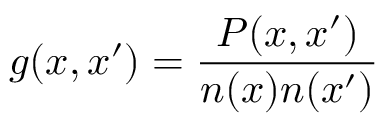
g ( x , x ^ { \prime } ) = \frac { P ( x , x ^ { \prime } ) } { n ( x ) n ( x ^ { \prime } ) }